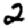
Digit: 2